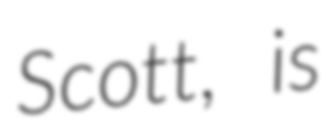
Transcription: Scott, is